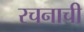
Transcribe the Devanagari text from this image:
रचनाची